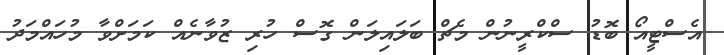
އެސްޓީއޯ ބޮޑު ސްކްރީނުން މެޗް ބަލައިލަން ގޮސް ހުރި ޒުވާނެއް ކަމަށްވާ މުހައްމަދު